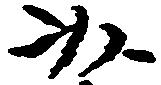
以